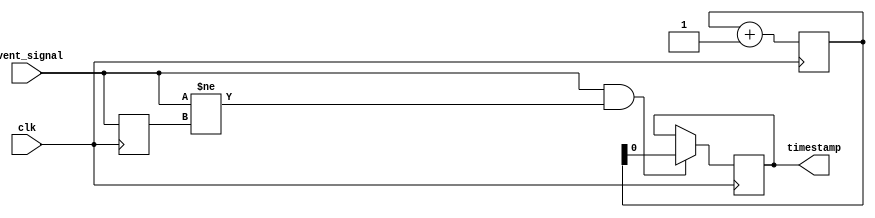
module Timing_Control_Sync(
    input clk,
    input event_signal,
    output reg timestamp
);

reg [31:0] elapsed_time;

always@(posedge clk) begin
    elapsed_time <= elapsed_time + 1;
    
    if(event_signal && (event_signal != $past(event_signal))) begin
        timestamp <= elapsed_time;
    end
end

endmodule